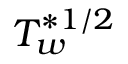
T _ { w } ^ { \ast 1 / 2 }